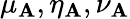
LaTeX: \mu_{\mathbf{A}},\eta_{\mathbf{A}},\nu_{\mathbf{A}}